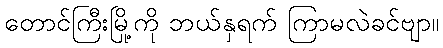
တောင်ကြီးမြို့ကို ဘယ်နှရက် ကြာမလဲခင်ဗျာ။